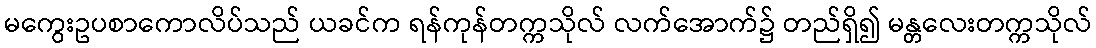
မကွေးဥပစာကောလိပ်သည် ယခင်က ရန်ကုန်တက္ကသိုလ် လက်အောက်၌ တည်ရှိ၍ မန္တလေးတက္ကသိုလ်